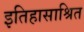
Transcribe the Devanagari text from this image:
इतिहासाश्रित